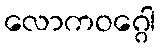
လောကဝဂ္ဂေါ